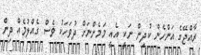
ރާއްޖޭގެ އަންހެން ކުދިން ނަކީ އެއީ މަމެންނަށް ދުވަހަކު ވެސް ގެއްލުމެއް ދިން